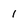
Character: 1